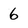
Character: 6